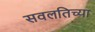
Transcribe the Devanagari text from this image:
सवलतिच्या